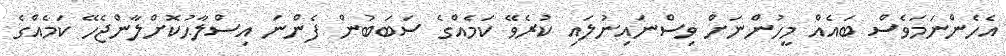
އެހެންނަމަވެސް ބައެއް މީހުންނަށް ވިސްނައިނުލައި ކުރެވޭ ކަމެއްގެ ސަބަބުން ފެންނަ އިސްލާޙުކޮށްލާންޖެހޭ ކަމެއްގެ